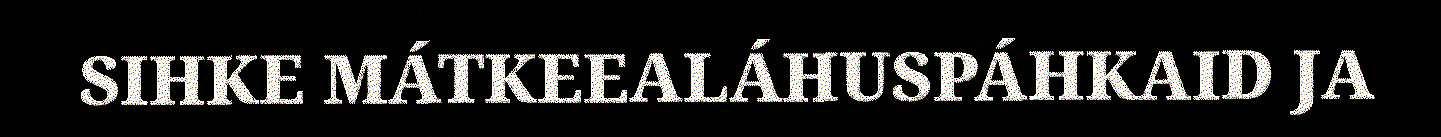
SIHKE MÁTKEEALÁHUSPÁHKAID JA